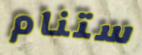
ستنام